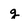
Character: g